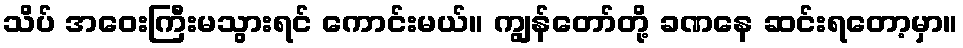
သိပ် အဝေးကြီးမသွားရင် ကောင်းမယ်။ ကျွန်တော်တို့ ခဏနေ ဆင်းရတော့မှာ။